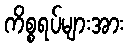
ကိစ္စရပ်များအား